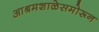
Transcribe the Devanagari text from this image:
आश्रमशाळेसमोरून